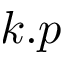
k . p